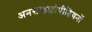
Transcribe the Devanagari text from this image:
अनसाइक्लोपीडियनों